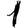
Digit: 1